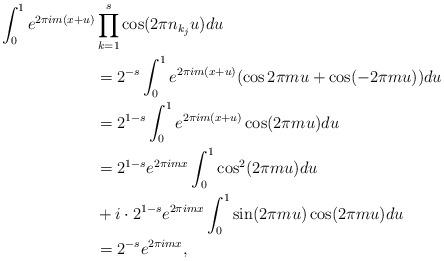
LaTeX: \begin{align*}\int_0^1e^{2\pi im(x+u)} &\prod_{k=1}^s\cos( 2\pi n_{k_j}u)du\\&=2^{-s}\int_0^1e^{2\pi im(x+u)}(\cos2\pi mu+\cos(-2\pi mu))du\\&=2^{1-s}\int_0^1e^{2\pi im(x+u)}\cos(2\pi mu)du\\&=2^{1-s}e^{2\pi imx}\int_0^1\cos^2(2\pi mu)du\\&+i\cdot 2^{1-s}e^{2\pi imx}\int_0^1\sin(2\pi mu)\cos(2\pi mu)du\\&=2^{-s}e^{2\pi imx},\end{align*}